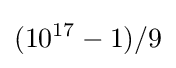
(10^{17}-1)/9